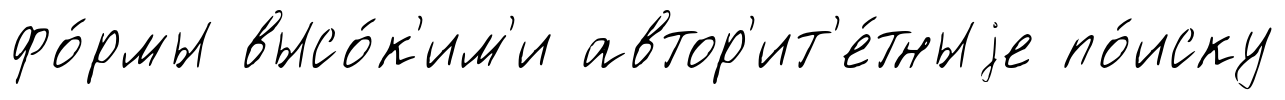
фо́рмы высо́к'им'и автор'ит'е́тныjе по́иску